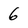
Character: 6